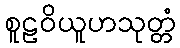
စူဠဝိယူဟသုတ္တံ